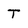
Character: T